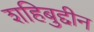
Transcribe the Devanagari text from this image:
शहिबुद्दीन